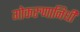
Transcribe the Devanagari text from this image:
गोकरुणानिधी